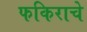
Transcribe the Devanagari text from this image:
फकिराचे